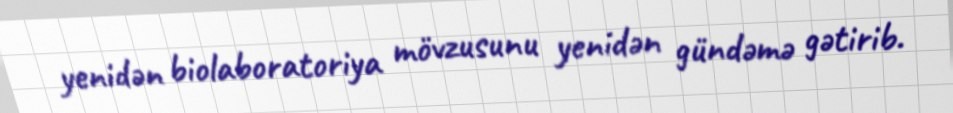
yenidən biolaboratoriya mövzusunu yenidən gündəmə gətirib.